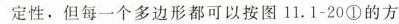
定性，但每一个多边形都可以按图11.1-20①的方